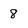
Character: 8